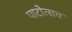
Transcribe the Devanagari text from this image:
पाटोत्सव